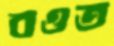
বওত